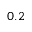
0 . 2